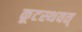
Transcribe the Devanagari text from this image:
कूटस्थवत्‌